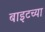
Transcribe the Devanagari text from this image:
बाइटच्या